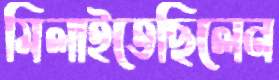
মিলাইতেছিলেন